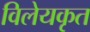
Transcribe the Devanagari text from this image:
विलेयकृत